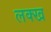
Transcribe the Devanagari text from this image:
लक्ख